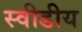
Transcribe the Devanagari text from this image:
स्वीडीय